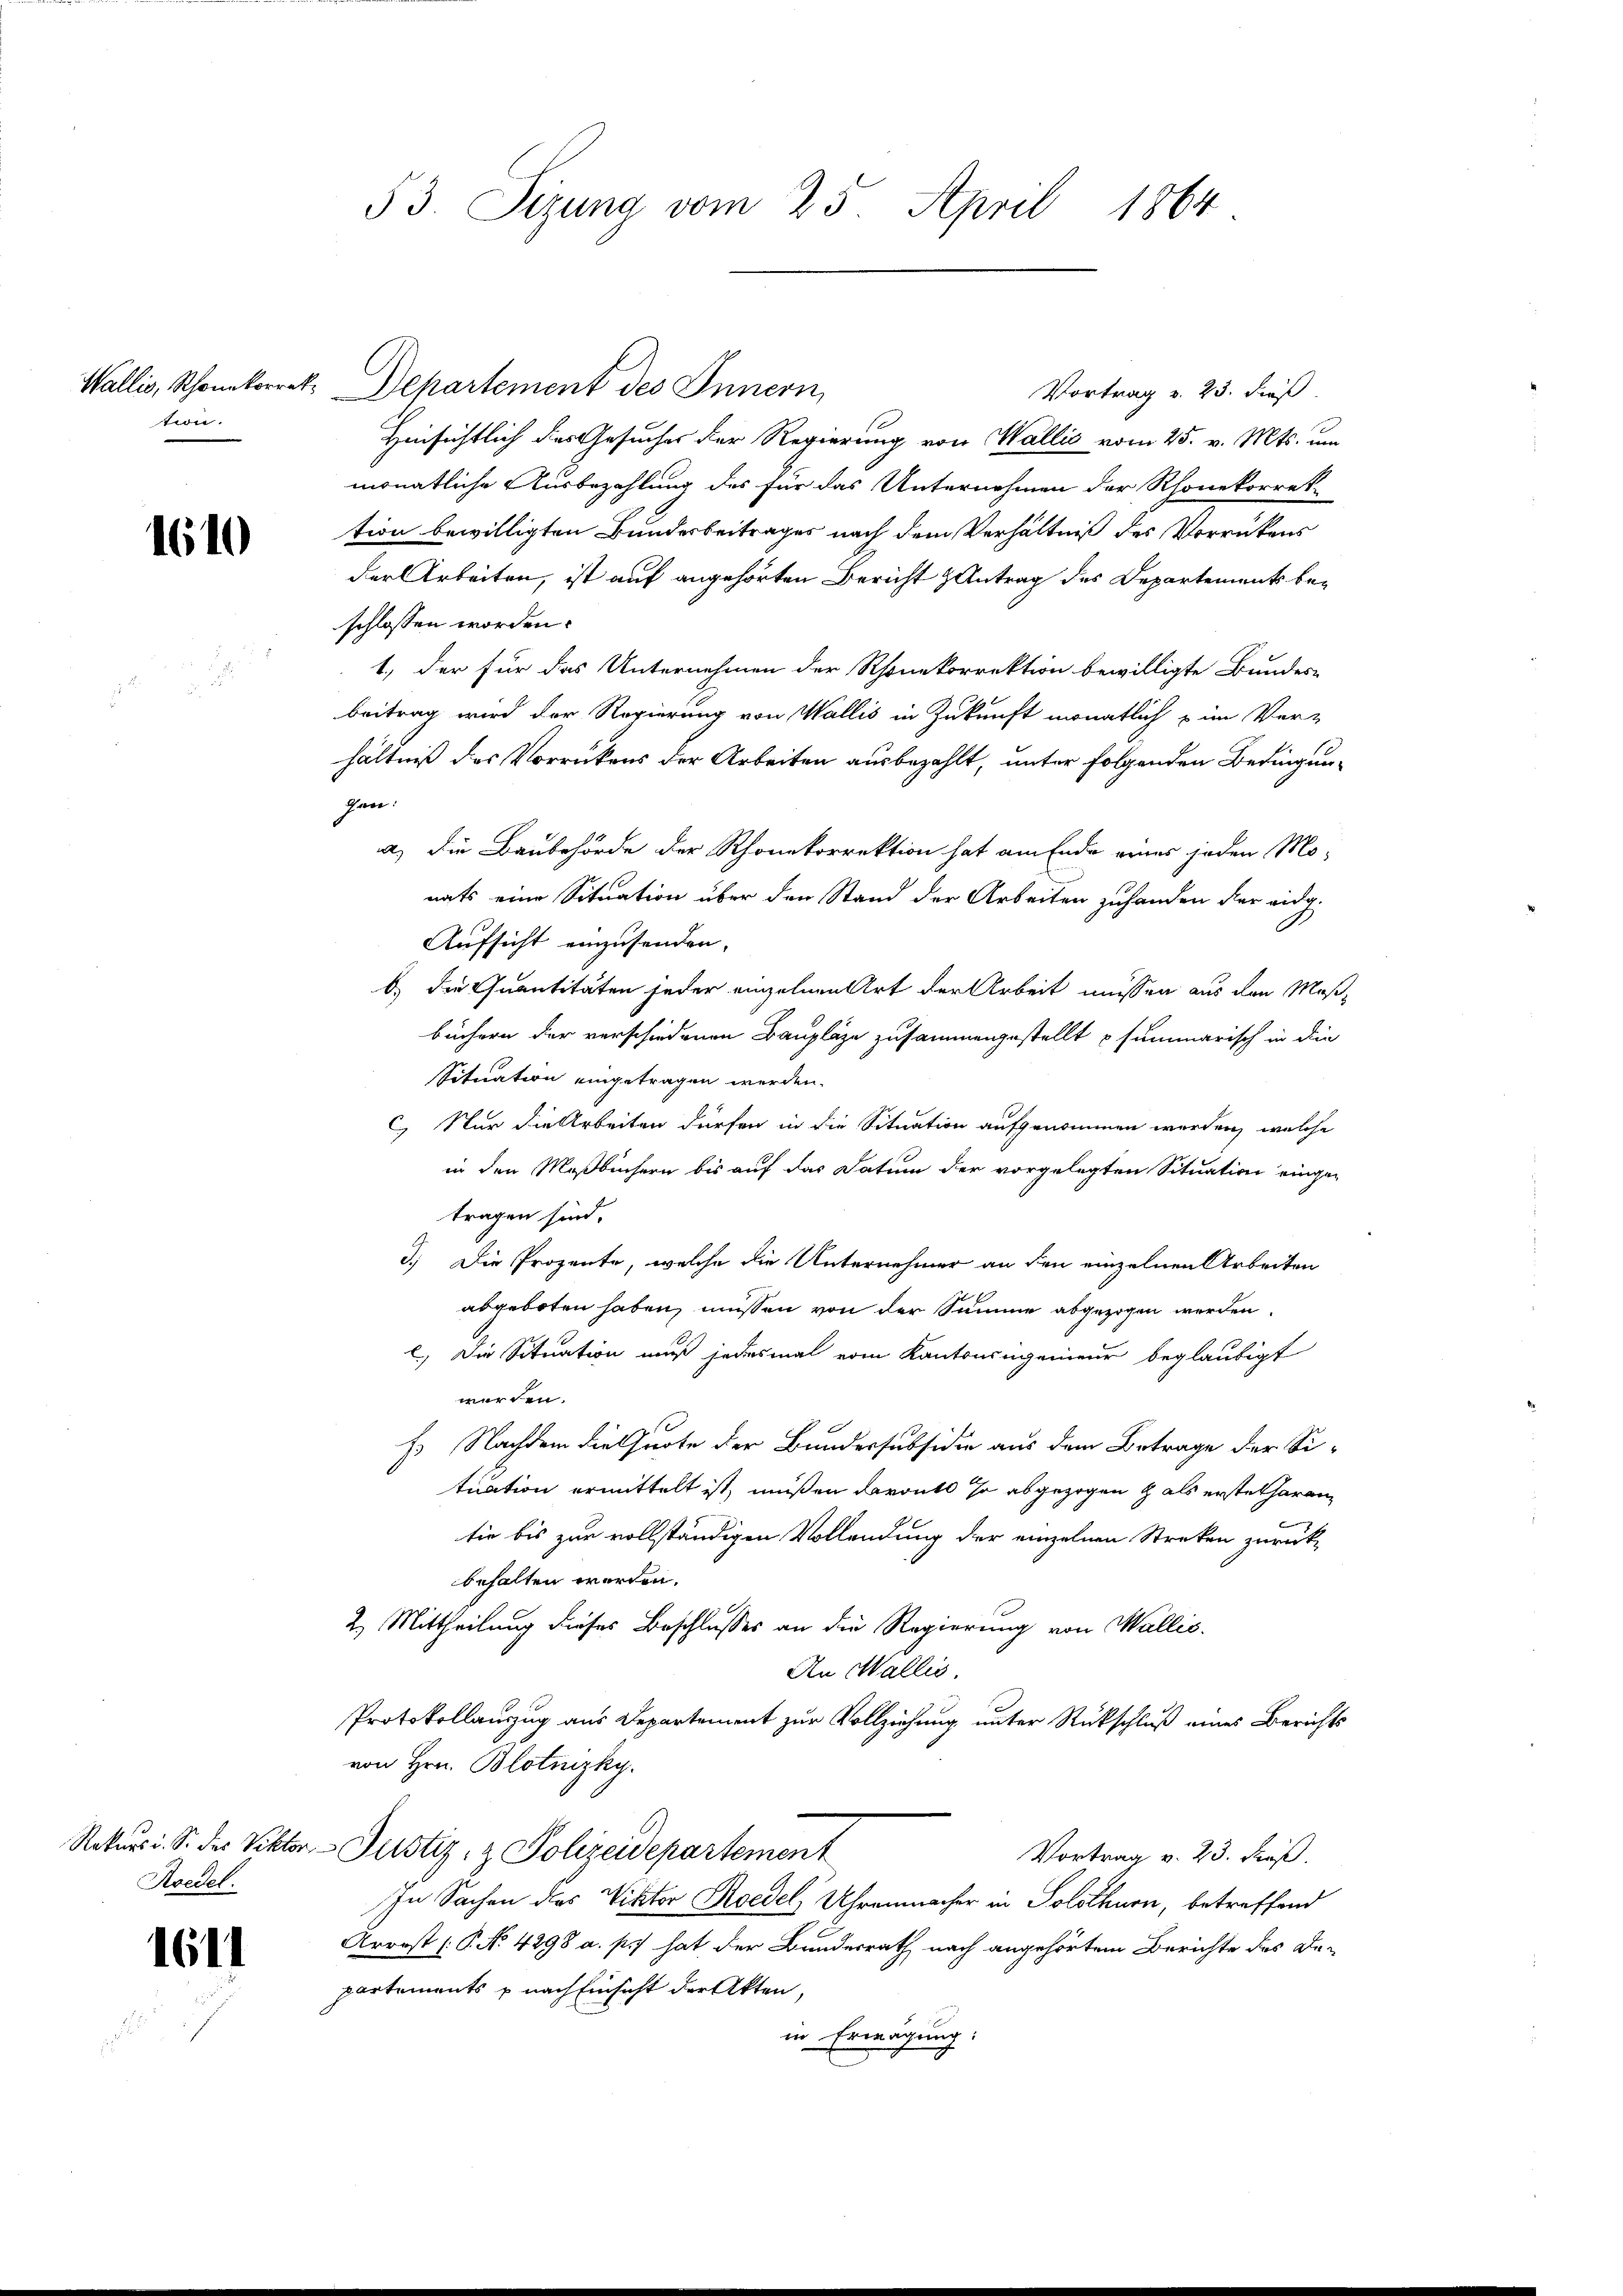
tion.

1610

u

Koedel.

1611

Wallis, Rhonkorrek, Departement des Innern,
Vortrag v. 23. dieß.
Hinsichtlich des Gesuches der Regierung von Wallis vom 25. v. Mts. um
monatliche Ausbezahlung des für das Unternehmen der Rhonekorrek
tion bewilligten Bundesbeitrages nach dem Verhältniß des Vorrückens
der Arbeiten, ist auf angehörten Bericht Antrag des Departement beschlossen worden.
1.) der für das Unternehmen der Rhonekorrektion bewilligte Bundes-
beitrag wird der Regierung von Wallis in Zukunft monatlich im Ver-
hältniß des Vorrückens der Arbeiten ausbezahlt, unter folgenden Bedingungen.
a) die Baubehörde der Rhonekorrektion hat am Ende eines jeden Mo-
nats eine Situation über den Stand der Arbeiten zuhanden der eidg.
Aufsicht einzusenden.
b) Die Quantitäten jeder einzelnen Art der Arbeit müssen aus den Maßbüchern der verschiedenen Baupläze zusammengestellt p summarisch in die
Situation eingetragen werden.
C) Nur die Arbeiten dürfen in die Situation aufgenommen werden, welche
in den Maßbüchern bis auf das Datum der vorgelegten Situation einge-
tragen sind.
3.) Die Prozente, welche die Unternehmer an den einzelnen Arbeiten
abgeboten haben, müssen von der Summe abgezogen werden.
l) Die Situation muß jedesmal vom Kantonengenieur beglaubigt
werden.
F. Nachdem die Quote der Bundessubsidie aus dem Betrage der Si-
tuation ermittelt ist, müßen davonts so abgezogen als erstatharen
tie bis zur vollständigen Vollendung der einzelnen Streken zurück-
behalten worden.
2.) Mittheilung dieses Beschlusses an die Regierung von Wallis.
An Wallis,
Protokollauszug aus Departement zur Vollziehung unter Rückschluß eines Berichts
von Hrn. Blotnizky.
Rekursi. S. des Viktor Justiz- & Polizeidepartement
Vortrag v. 23. dieß.
In Sachen des Viktor Koedel, Uhrenmacher in Solothurn, betreffend
Arrost (P. Nr. 4298 a. p.) hat der Bundesrath nach angehörtem Berichte des De-
partements u nach Einsicht der Akten,
in Erwägung:

53. Sizung vom 25. April 1864